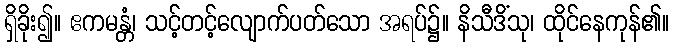
ရှိခိုး၍။ ဧကမန္တံ၊ သင့်တင့်လျောက်ပတ်သော အရပ်၌။ နိသီဒိံသု၊ ထိုင်နေကုန်၏။